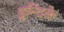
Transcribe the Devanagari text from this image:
इन्दिके